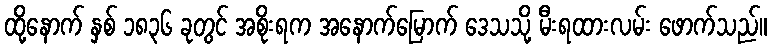
ထို့နောက် နှစ် ၁၈၃၆ ခုတွင် အစိုးရက အနောက်မြောက် ဒေသသို့ မီးရထားလမ်း ဖောက်သည်။